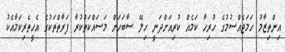
އިންތިޒާމު ހަމަޖެއްސުމުގެ ހުރިހާ ކަމެއް ކުރިއަށްދަނީ ހިލޭ ސާބަހަށް މަސައްކަތްކުރާ ފަރާތްތަކުގެ އެހީތެރިކަމާއެކު